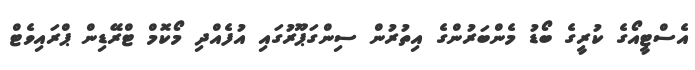
އެސްޓީއޯގެ ކުރީގެ ބޯޑު މެންބަރުންގެ އިތުރުން ސިންގަޕޫރުގައި އުފެއްދި މޯކޮމް ޓްރޭޑިން ޕްރައިވެޓް